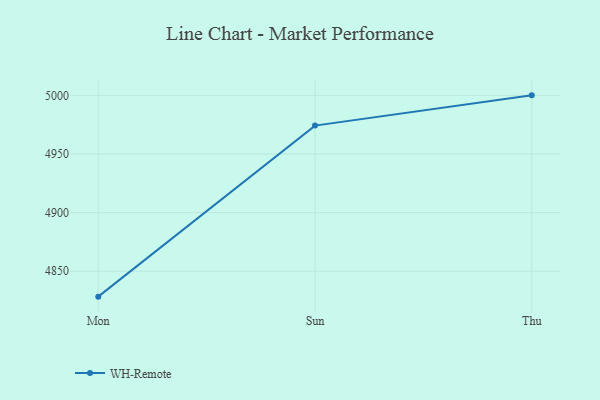
{"axis": {"x": "Day", "y": "Website Visitors"}, "legend": ["WH-Remote"], "data": [{"x": "Mon", "y": 4828.3, "type": "WH-Remote"}, {"x": "Sun", "y": 4974.2, "type": "WH-Remote"}, {"x": "Thu", "y": 5000, "type": "WH-Remote"}]}